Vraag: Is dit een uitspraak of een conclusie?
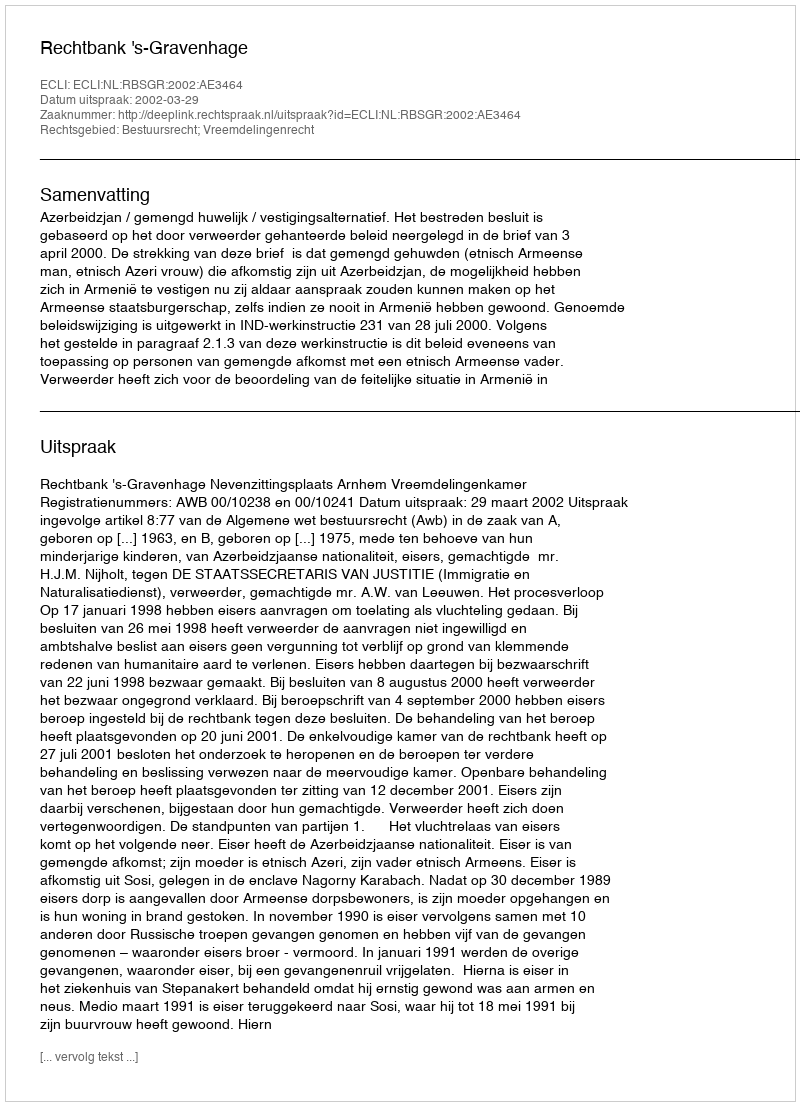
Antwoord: Uitspraak